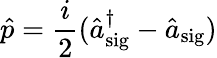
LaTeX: \hat{p}=\frac{i}{2}(\hat{a}_{\mathrm{sig}}^{\dagger}-\hat{a}_{\mathrm{sig}})